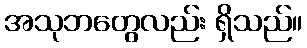
အသုဘတွေလည်း ရှိသည်။